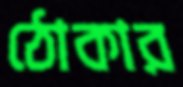
ঠোকার